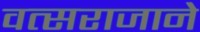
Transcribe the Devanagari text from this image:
वत्सराजाने